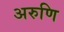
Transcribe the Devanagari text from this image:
अरुणि